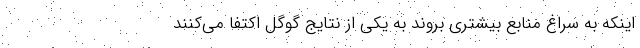
اینکه به سراغ منابع بیشتری بروند به یکی از نتایج گوگل اکتفا می‌کنند